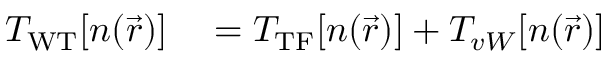
\begin{array} { r l } { T _ { \mathrm { W T } } [ n ( \vec { r } ) ] } & { { } = T _ { \mathrm { T F } } [ n ( \vec { r } ) ] + T _ { v W } [ n ( \vec { r } ) ] } \end{array}